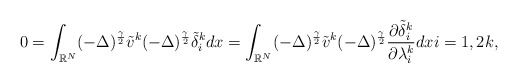
\begin{align*}0 = \displaystyle\int_{\mathbb{R}^N}(- \Delta)^{\frac{\gamma}{2}}\tilde{v}^k(- \Delta)^{\frac{\gamma}{2}} \tilde{\delta}_{i}^kdx = \displaystyle\int_{\mathbb{R}^N}(- \Delta)^{\frac{\gamma}{2}}\tilde{v}^k(- \Delta)^{\frac{\gamma}{2}} \frac{\partial\tilde{\delta}_{i}^k}{\partial \lambda_{i}^k}dx i = 1, 2 k,\end{align*}